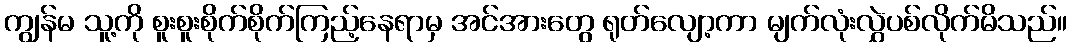
ကျွန်မ သူ့ကို စူးစူးစိုက်စိုက်ကြည့်နေရာမှ အင်အားတွေ ရုတ်လျော့ကာ မျက်လုံးလွှဲပစ်လိုက်မိသည်။